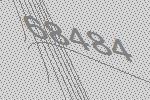
68484